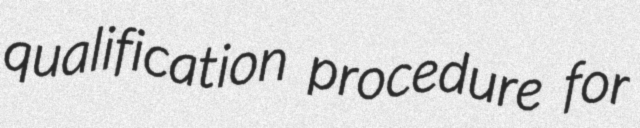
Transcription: qualification procedure for